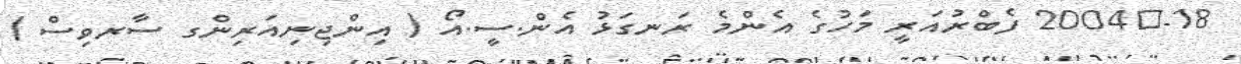
18-	2004 ފެބްރުއަރީ މަހުގެ އެންމެ ރަނގަޅު އެން.ސީ.އޯ ( އިންޖިނިއަރިންގ ސާރވިސް )